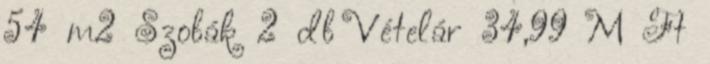
54 m2 Szobák 2 db Vételár 34,99 M Ft